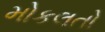
મોકલતો